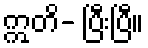
ဣတိ- ပြီးပြီ။